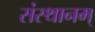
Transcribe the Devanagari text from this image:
संस्थानम्